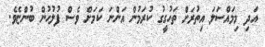
އަދި މިމައްސަލަ އިތުރަށް ތަހުގީގު ކުރަމުން އަންނަ ކަމަށް ވެސް ފުލުހުން ބުންޏެވެ.